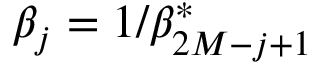
\beta _ { j } = 1 / \beta _ { 2 M - j + 1 } ^ { \ast }